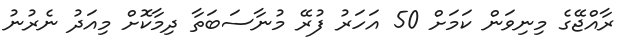
ރާއްޖޭގެ މިނިވަން ކަމަށް 50 އަހަރު ފުރޭ މުނާސަބަތާ ދިމާކޮށް މިއަދު ނެރުނު